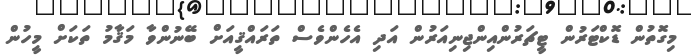
މިގޮތުން ޑޮކްޓަރުން ޓީޗަރުންއިންޖިނިއަރުން އަދި އެހެންވެސް ތަރައްޤީއަށް ބޭނުންވާ މަޤާމު ތަކަށް މީހުން